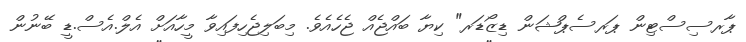
ޕާރސިސްޓިން ޕަރސެޕްޝަން ޑިޒޯޑަރ" ކިޔާ ބައްޖެއް ޖެހެއެވެ. މިބަލިޖެހިފައިވާ މީހާއަށް އެލް.އެސް.ޑީ ބޭނުން